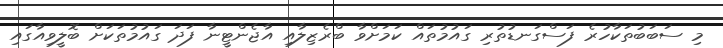
މި ސަބަބުތަކާހުރެ ފަސްގަނޑުތުރި ގައުމުތައް ކަމަށްވާ ބްރެޒިލާއި އާޖެންޓީނާ ފަދަ ގައުމުތަކަށް ބޮލީވިއާގައި